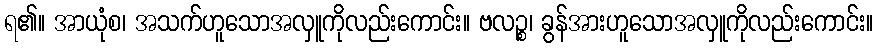
ရ၏။ အာယုံစ၊ အသက်ဟူသောအလှူကိုလည်းကောင်း။ ဗလဉ္စ၊ ခွန်အားဟူသောအလှူကိုလည်းကောင်း။